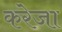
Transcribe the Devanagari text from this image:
करेजा